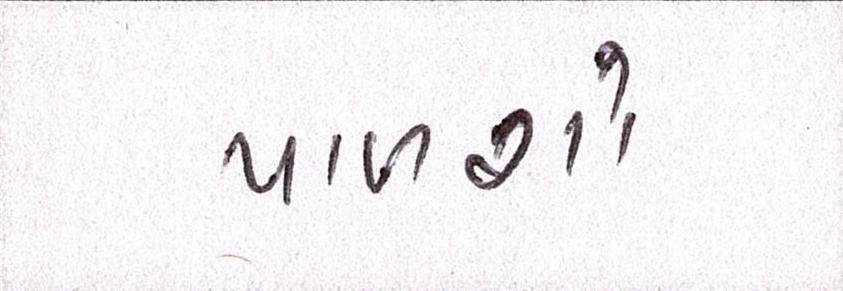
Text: પાળશો